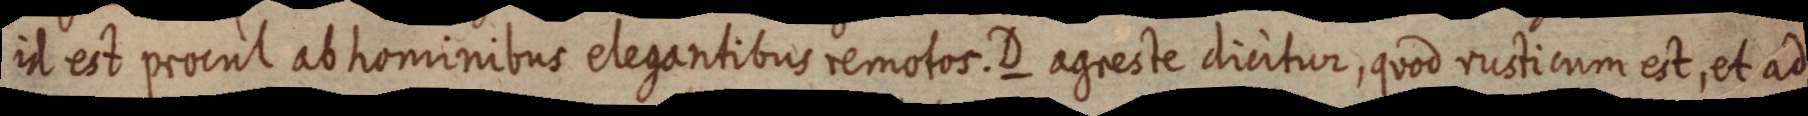
id est procul ab hominibus elegantibus remotos. D agreste dicitur, quod rusticum est, et ad